Document type: Sale
Year: 1323
Scribe: Guillem Coscoll
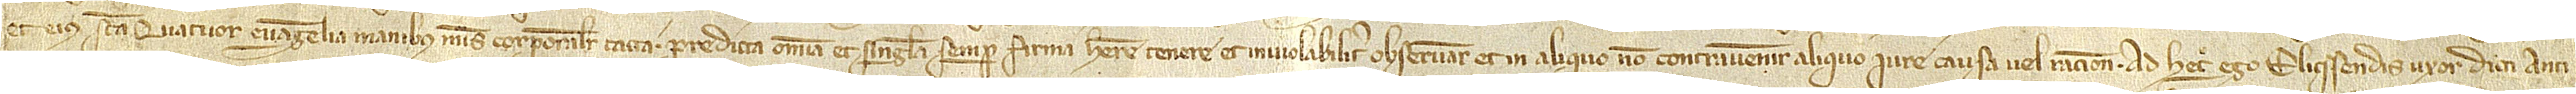
et eius sancta quatuor Evangelia, manibus meis corporaliter tacta, predicta omnia et singula semper firma habere, tenere et inviolabiliter observare et in aliquo non contravenire aliquo iure, causa vel ratione. Ad hec ego Elicsendis, uxor dicti Anti-